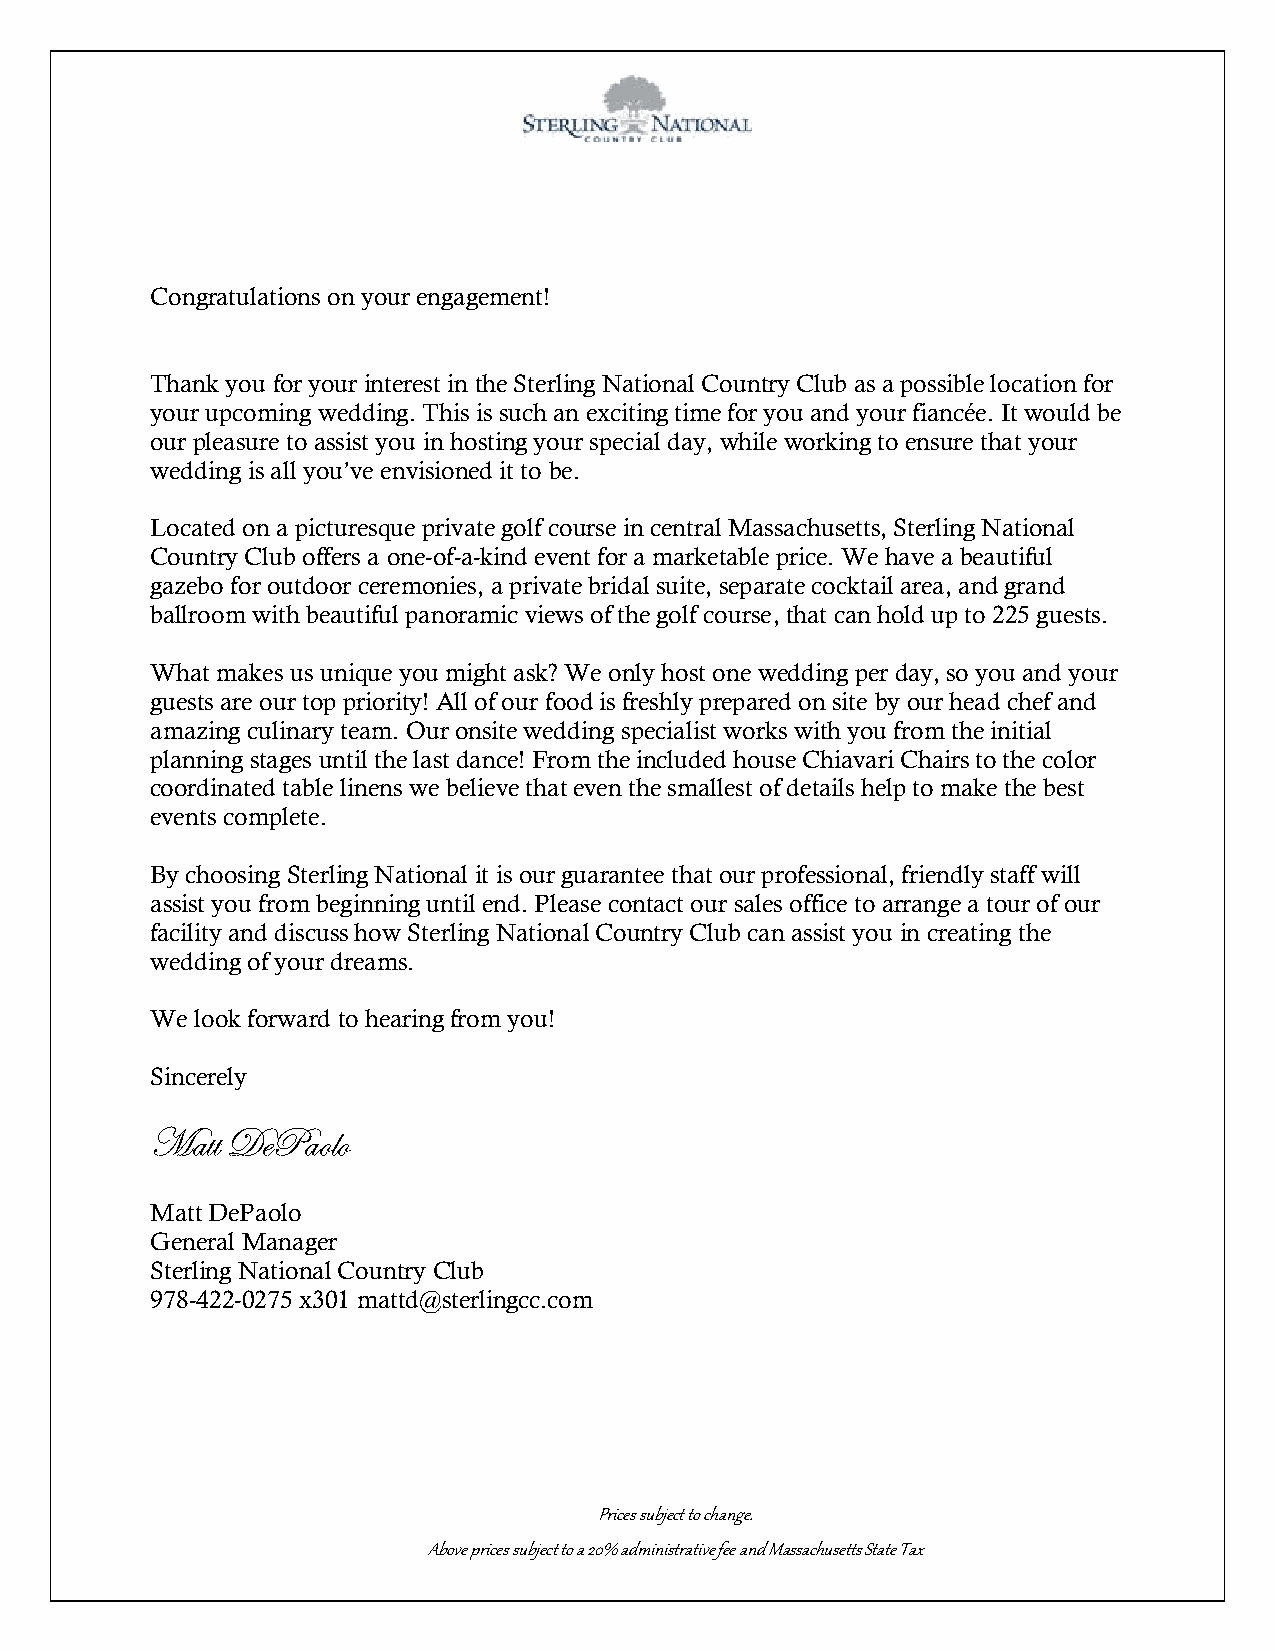
Congratulations on your engagement!
 Thank you for your interest in the Sterling National Country Club as a possible location for
 your upcoming wedding. This is such an exciting time for you and your fiancée. It would be
 our pleasure to assist you in hosting your special day, while working to ensure that your
 wedding is all you’ve envisioned it to be.
 Located on a picturesque private golf course in central Massachusetts, Sterling National
 Country Club offers a one-of-a-kind event for a marketable price. We have a beautiful
 gazebo for outdoor ceremonies, a private bridal suite, separate cocktail area, and grand
 ballroom with beautiful panoramic views of the golf course, that can hold up to 225 guests.
 What makes us unique you might ask? We only host one wedding per day, so you and your
 guests are our top priority! All of our food is freshly prepared on site by our head chef and
 amazing culinary team. Our onsite wedding specialist works with you from the initial
 planning stages until the last dance! From the included house Chiavari Chairs to the color
 coordinated table linens we believe that even the smallest of details help to make the best
 events complete.
 By choosing Sterling National it is our guarantee that our professional, friendly staff will
 assist you from beginning until end. Please contact our sales office to arrange a tour of our
 facility and discuss how Sterling National Country Club can assist you in creating the
 wedding of your dreams.
 We look forward to hearing from you!
 Sincerely
 Matt DePaolo
 Matt DePaolo
 General Manager
 Sterling National Country Club
 978-422-0275 x301 mattd@sterlingcc.com
 Prices subject to change.
 Above prices subject to a 20% administrative fee and Massachusetts State Tax